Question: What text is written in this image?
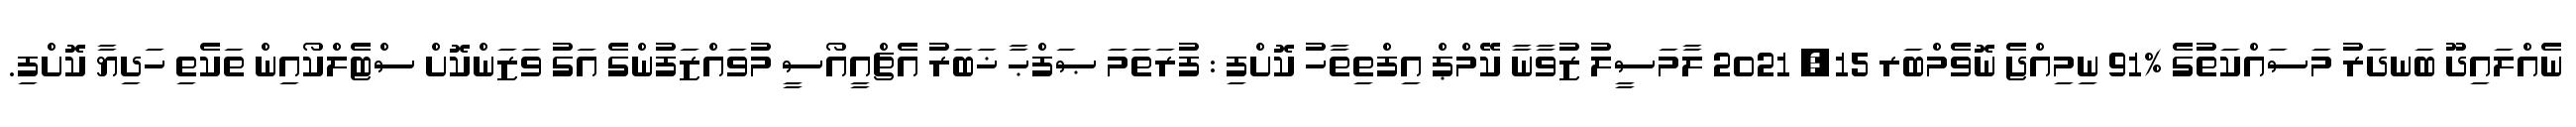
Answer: ނެއްލައިދޫ ބަނދަރު މަސައްކަތުގެ %91 ނިމިއްޖެ ނޮވެމްބަރ 15, 2021 ލާމަސީލު ޒުވާނާ ކޭމްޕް އިފްތިތާހު ކޮށްފި : ފުރަތަމަ ޞަފްޙާ ޚަބަރު އެޗްއީއޯސީ މުވައްޒަފުންގެ އަގު ވަޒަންކޮށް ސްޓެލްކޯއިން ތަކެތި ހަދިޔާ ކޮށްފި.